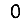
Digit: 0